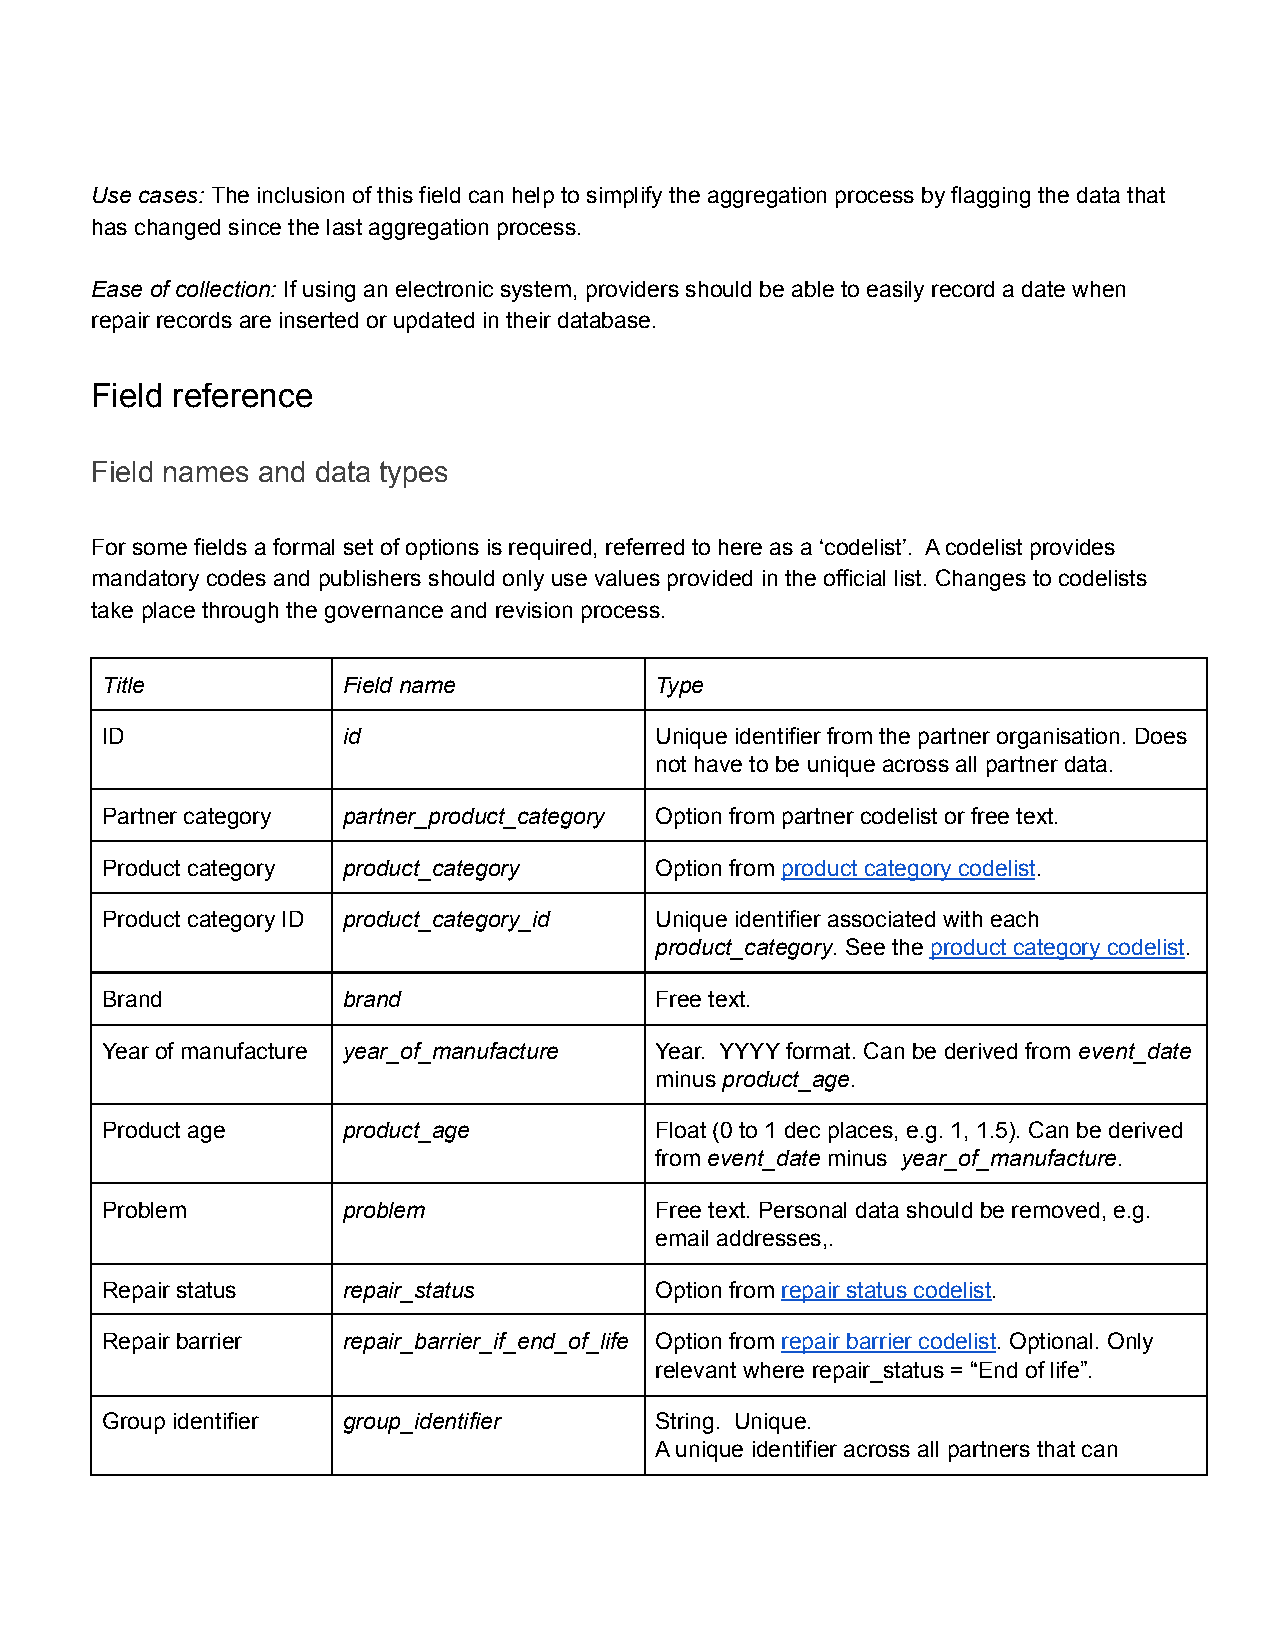
Use cases: The inclusion of this field can help to simplify the aggregation process by flagging the data that
 has changed since the last aggregation process.
 Ease of collection: If using an electronic system, providers should be able to easily record a date when
 repair records are inserted or updated in their database.
 Field reference
 Field names and data types
 For some fields a formal set of options is required, referred to here as a ‘codelist’. A codelist provides
 mandatory codes and publishers should only use values provided in the official list. Changes to codelists
 take place through the governance and revision process.
 Title           Field name          Type
 ID              id                  Unique identifier from the partner organisation. Does
 not have to be unique across all partner data.
 Partner category partner_product_category Option from partner codelist or free text.
 Product category product_category   Option from product category codelist.
 Product category ID product_category_id Unique identifier associated with each
 product_category. See the product category codelist.
 Brand           brand               Free text.
 Year of manufacture year_of_manufacture Year. YYYY format. Can be derived from event_date
 minus product_age.
 Product age     product_age         Float (0 to 1 dec places, e.g. 1, 1.5). Can be derived
 from event_date minus year_of_manufacture.
 Problem         problem             Free text. Personal data should be removed, e.g.
 email addresses,.
 Repair status   repair_status       Option from repair status codelist.
 Repair barrier  repair_barrier_if_end_of_life Option from repair barrier codelist. Optional. Only
 relevant where repair_status = “End of life”.
 Group identifier group_identifier   String. Unique.
 A unique identifier across all partners that can